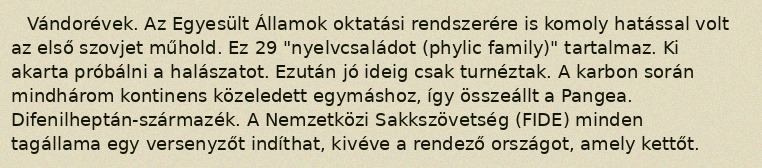
Vándorévek. Az Egyesült Államok oktatási rendszerére is komoly hatással volt az első szovjet műhold. Ez 29 "nyelvcsaládot (phylic family)" tartalmaz. Ki akarta próbálni a halászatot. Ezután jó ideig csak turnéztak. A karbon során mindhárom kontinens közeledett egymáshoz, így összeállt a Pangea. Difenilheptán-származék. A Nemzetközi Sakkszövetség (FIDE) minden tagállama egy versenyzőt indíthat, kivéve a rendező országot, amely kettőt.